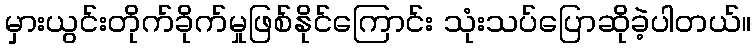
မှားယွင်းတိုက်ခိုက်မှုဖြစ်နိုင်ကြောင်း သုံးသပ်ပြောဆိုခဲ့ပါတယ်။